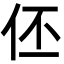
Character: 伾